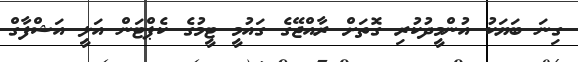
ގިނަ ބަޔަކު އުންމީދުކުރި ގޮތަށް ރާއްޖޭގެ ގައުމީ ޓީމުގެ ކެޕްޓަން އަލީ އަޝްފާގް